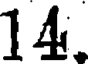
14.